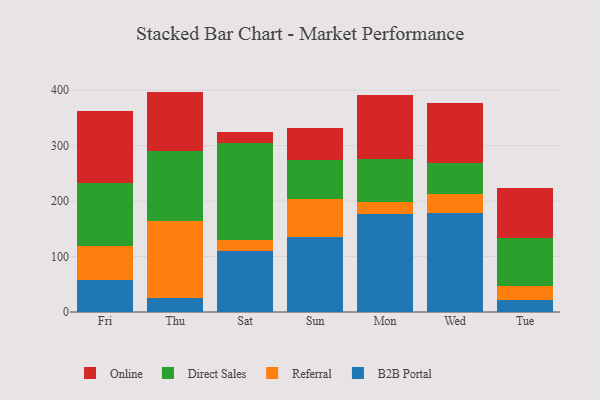
{"axis": {"x": "Day", "y": "Page Views"}, "legend": ["B2B Portal", "Direct Sales", "Online", "Referral"], "data": [{"x": "Fri", "y": 58.2, "type": "B2B Portal"}, {"x": "Fri", "y": 61.2, "type": "Referral"}, {"x": "Fri", "y": 112.6, "type": "Direct Sales"}, {"x": "Fri", "y": 130.4, "type": "Online"}, {"x": "Thu", "y": 26.0, "type": "B2B Portal"}, {"x": "Thu", "y": 138.0, "type": "Referral"}, {"x": "Thu", "y": 126.5, "type": "Direct Sales"}, {"x": "Thu", "y": 106.9, "type": "Online"}, {"x": "Sat", "y": 110.1, "type": "B2B Portal"}, {"x": "Sat", "y": 19.4, "type": "Referral"}, {"x": "Sat", "y": 175.4, "type": "Direct Sales"}, {"x": "Sat", "y": 19.9, "type": "Online"}, {"x": "Sun", "y": 134.7, "type": "B2B Portal"}, {"x": "Sun", "y": 68.4, "type": "Referral"}, {"x": "Sun", "y": 71.1, "type": "Direct Sales"}, {"x": "Sun", "y": 58.0, "type": "Online"}, {"x": "Mon", "y": 177.4, "type": "B2B Portal"}, {"x": "Mon", "y": 20.1, "type": "Referral"}, {"x": "Mon", "y": 77.6, "type": "Direct Sales"}, {"x": "Mon", "y": 115.5, "type": "Online"}, {"x": "Wed", "y": 177.8, "type": "B2B Portal"}, {"x": "Wed", "y": 34.3, "type": "Referral"}, {"x": "Wed", "y": 56.3, "type": "Direct Sales"}, {"x": "Wed", "y": 107.8, "type": "Online"}, {"x": "Tue", "y": 21.6, "type": "B2B Portal"}, {"x": "Tue", "y": 24.8, "type": "Referral"}, {"x": "Tue", "y": 87.5, "type": "Direct Sales"}, {"x": "Tue", "y": 89.9, "type": "Online"}]}